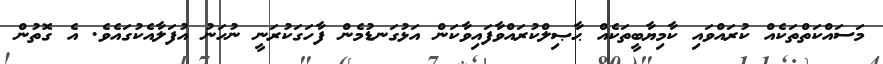
މަސައްކަތްތަކެއް ކުރައްވައި ކާމިޔާބީތަކެއް ޙާޞިލްކުރައްވާފައިވާކަން އަޅުގަނޑުމެން ފާހަގަކުރަނީ ނުހަނު އުފަލާއެކުގައެވެ. އެ ގޮތުން